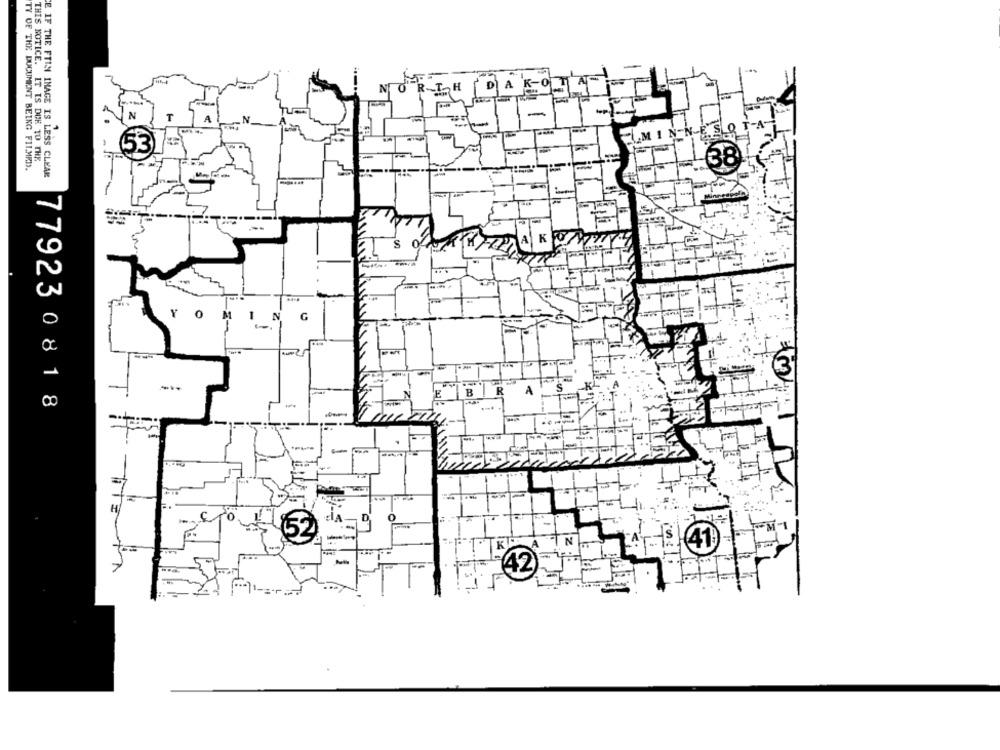
-
D
A
THIS NOTICE. IT IS DUE TO THE
TY OF THE DOCUMENT BEING FILMED.
E IF THE FTIN IMAGE IS LESS CLEAK
A
K
S
Y
0
M
N
B
R
A
E
779230818
-
H
-
N
A